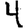
Digit: 4